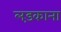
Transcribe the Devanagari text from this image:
लड़काना